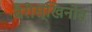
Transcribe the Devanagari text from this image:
बैरीस्खिनोव